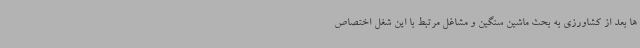
ها بعد از کشاورزی به بحث ماشین سنگین و مشاغل مرتبط با این شغل اختصاص